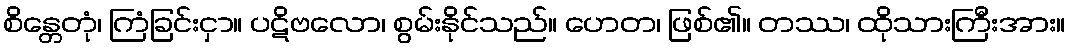
စိန္တေတုံ၊ ကြံခြင်းငှာ။ ပဋိဗလော၊ စွမ်းနိုင်သည်။ ဟေတ၊ ဖြစ်၏။ တဿ၊ ထိုသားကြီးအား။